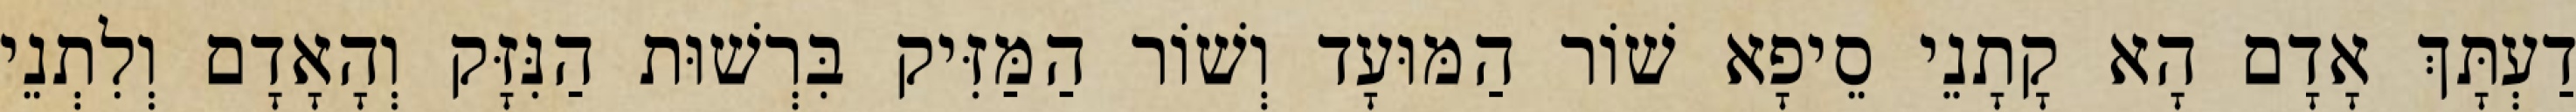
דַעְתָּךְ אָדָם הָא קָתָנֵי סֵיפָא שׁוֹר הַמּוּעָד וְשׁוֹר הַמַּזִּיק בִּרְשׁוּת הַנִּזָּק וְהָאָדָם וְלִתְנֵי